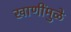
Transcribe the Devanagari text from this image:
खाणींमुळे